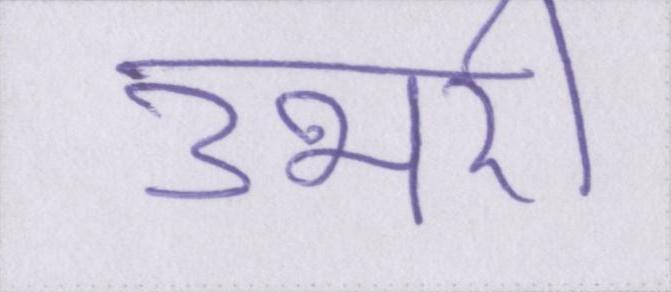
उभरी